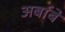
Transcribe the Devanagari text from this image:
अर्बाबे